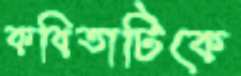
কবিতাটিকে